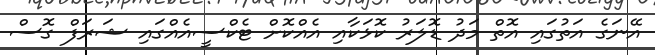
އޭނަގެ އަތުގައި އޮތް މަދު ޑޮލަރު ކޮޅަކާއި އެއްކޮށް ޓެކްސީއެއްގައި ޝަރަފް ގޮސް